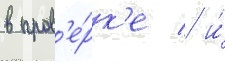
в пров'е́рк'е / и́